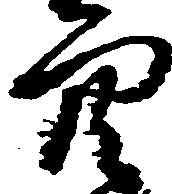
穴